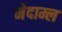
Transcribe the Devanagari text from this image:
मेदाम्ल